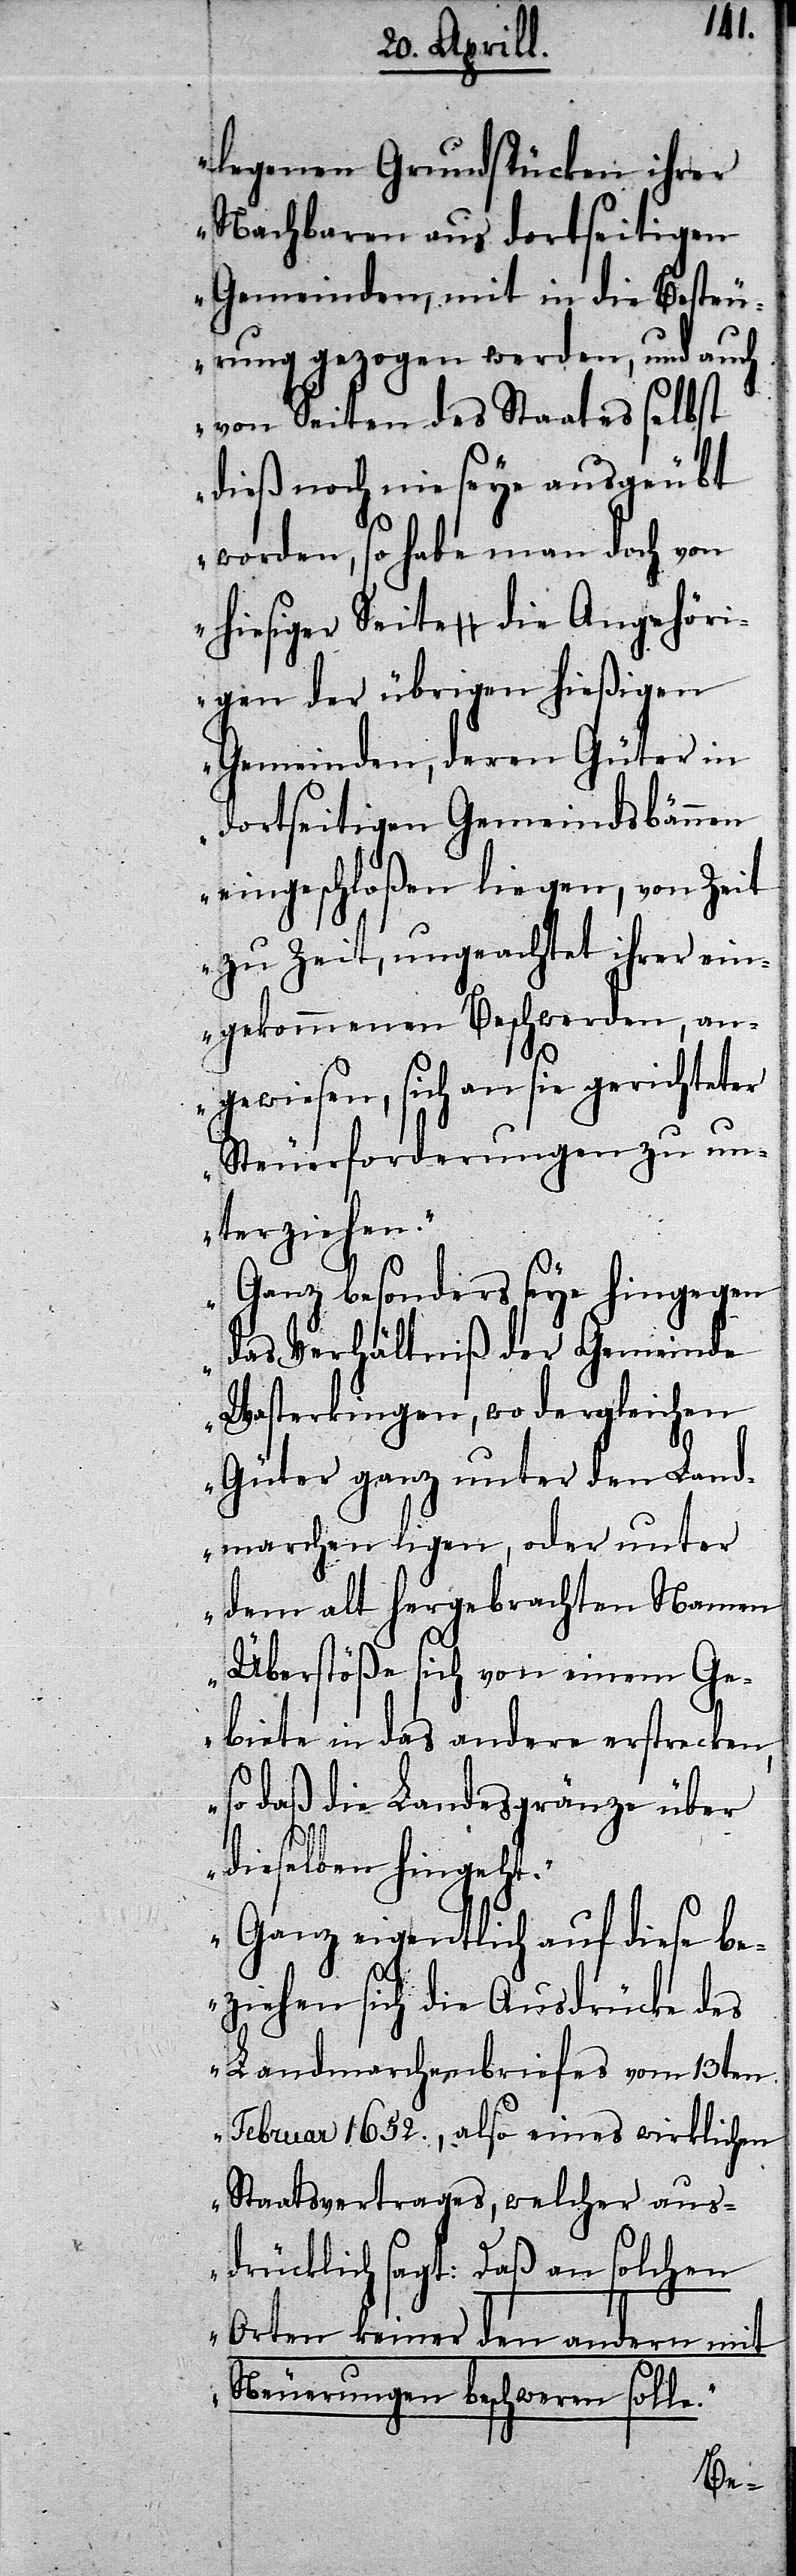
Angehöri¬
legenen Grundstücke ihrer
Nachbarn aus dortseitigen
Gemeinden, mit in die Besteu¬
erung gezogen werden, und auch
von Seiten des Staates selbst
dieß noch nie seye ausgeübt
worden, so habe man doch von
gen der übrigen hießigen
Gemeinden, deren Güter in
dortseitigen Gemeindsbännen
eingeschloßen liegen, von Zeit
zu Zeit, ungeachtet ihrer ein¬
gekommenen Beschwerden, an¬
gewiesen, sich an sie gerichteter
Steuerforderungen zu un¬
terziehen.
Ganz besonders seye hingegen
das Verhältniß der Gemeinde
Wasterkingen, wo dergleichen
Güter ganz unter den Land¬
marchen ligen, oder unter
dem alt hergebrachten Namen
Überstöße sich von einem Ge¬
biete in das andere erstrecken,
so daß die Landesgränze über
dieselben hingeht.
Ganz eigentlich auf diese be¬
ziehen sich die Ausdrücke des
Landmarchenbriefes vom 13ten
Februar 1652., also eines wirklichen
Staatsvertrages, welcher aus¬
drücklich sagt: Daß an solchen
Orten keiner den andern mit
Neuerungen beschweren solle.